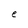
Character: e